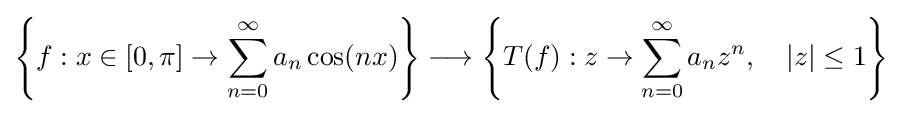
\left\{f:x\in [0,\pi ]\rightarrow \sum _{n=0}^{\infty }a_{n}\cos(nx)\right\}\longrightarrow \left\{T(f):z\rightarrow \sum _{n=0}^{\infty }a_{n}z^{n},\quad |z|\leq 1\right\}